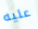
عليه